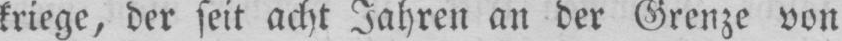
kriege, der seit acht Jahren an der Grenze von